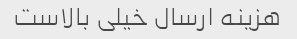
هزینه ارسال خیلی بالاست